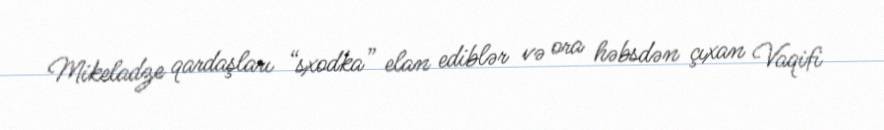
Mikeladze qardaşları “sxodka” elan ediblər və ora həbsdən çıxan Vaqifi